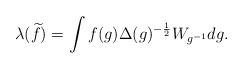
LaTeX: \begin{align*}\lambda(\widetilde{f})=\int f(g)\Delta(g)^{-\frac{1}{2}}W_{g^{-1}} dg.\end{align*}